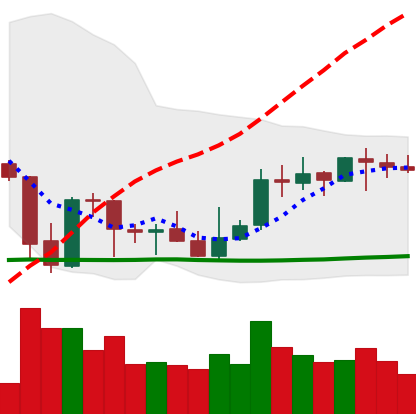
Ticker: XRP-USD
Chart end date: 2021-10-08
Forward return: 6.162%
Label: up_5_7